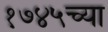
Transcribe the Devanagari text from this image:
१७४५च्या